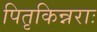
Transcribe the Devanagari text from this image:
पितृकिन्नराः